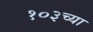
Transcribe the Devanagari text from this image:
१०३च्या